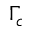
\Gamma _ { c }